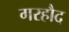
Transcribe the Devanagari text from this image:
गरहौद